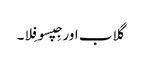
گلاب اور جِپسوفِلا۔